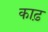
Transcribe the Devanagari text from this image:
काढ़